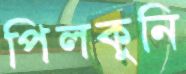
পিলকুনি